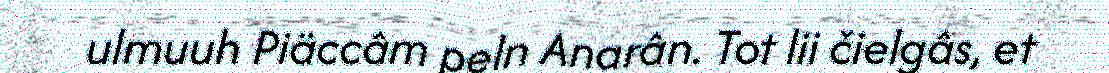
ulmuuh Piäccâm peln Anarân. Tot lii čielgâs, et